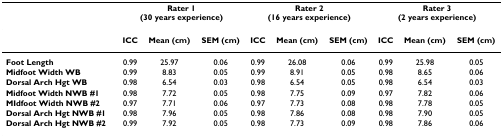
<table><thead><tr><td></td><td colspan="3"><b>Rater 1(30 years experience)</b></td><td colspan="3"><b>Rater 2(16 years experience)</b></td><td colspan="3"><b>Rater 3(2 years experience)</b></td></tr></thead><tbody><tr><td></td><td><b>ICC</b></td><td><b>Mean (cm)</b></td><td><b>SEM (cm)</b></td><td><b>ICC</b></td><td><b>Mean (cm)</b></td><td><b>SEM (cm)</b></td><td><b>ICC</b></td><td><b>Mean (cm)</b></td><td><b>SEM (cm)</b></td></tr><tr><td><b>Foot Length</b></td><td>0.99</td><td>25.97</td><td>0.06</td><td>0.99</td><td>26.08</td><td>0.06</td><td>0.99</td><td>25.98</td><td>0.05</td></tr><tr><td><b>Midfoot Width WB</b></td><td>0.99</td><td>8.83</td><td>0.05</td><td>0.99</td><td>8.91</td><td>0.05</td><td>0.98</td><td>8.65</td><td>0.06</td></tr><tr><td><b>Dorsal Arch Hgt WB</b></td><td>0.98</td><td>6.54</td><td>0.03</td><td>0.98</td><td>6.54</td><td>0.05</td><td>0.98</td><td>6.54</td><td>0.03</td></tr><tr><td><b>Midfoot Width NWB #1</b></td><td>0.98</td><td>7.72</td><td>0.05</td><td>0.98</td><td>7.75</td><td>0.09</td><td>0.97</td><td>7.82</td><td>0.06</td></tr><tr><td><b>MIdfoot Width NWB #2</b></td><td>0.97</td><td>7.71</td><td>0.06</td><td>0.97</td><td>7.73</td><td>0.08</td><td>0.98</td><td>7.78</td><td>0.05</td></tr><tr><td><b>Dorsal Arch Hgt NWB #1</b></td><td>0.98</td><td>7.96</td><td>0.05</td><td>0.98</td><td>7.86</td><td>0.08</td><td>0.98</td><td>7.90</td><td>0.05</td></tr><tr><td><b>Dorsal Arch Hgt NWB #2</b></td><td>0.99</td><td>7.92</td><td>0.05</td><td>0.98</td><td>7.73</td><td>0.09</td><td>0.98</td><td>7.86</td><td>0.06</td></tr></tbody></table>